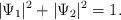
LaTeX: \begin{align*}|\Psi_1|^2+|\Psi_2|^2=1. \end{align*}